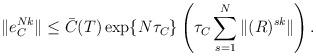
LaTeX: \begin{align*} \|e_C^{Nk}\|\leq \bar{C}(T)\exp\{N\tau_C\}\left(\tau_C\sum^{N}_{s=1}\|(R)^{sk}\|\right). \end{align*}